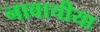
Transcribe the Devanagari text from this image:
नावाचीया